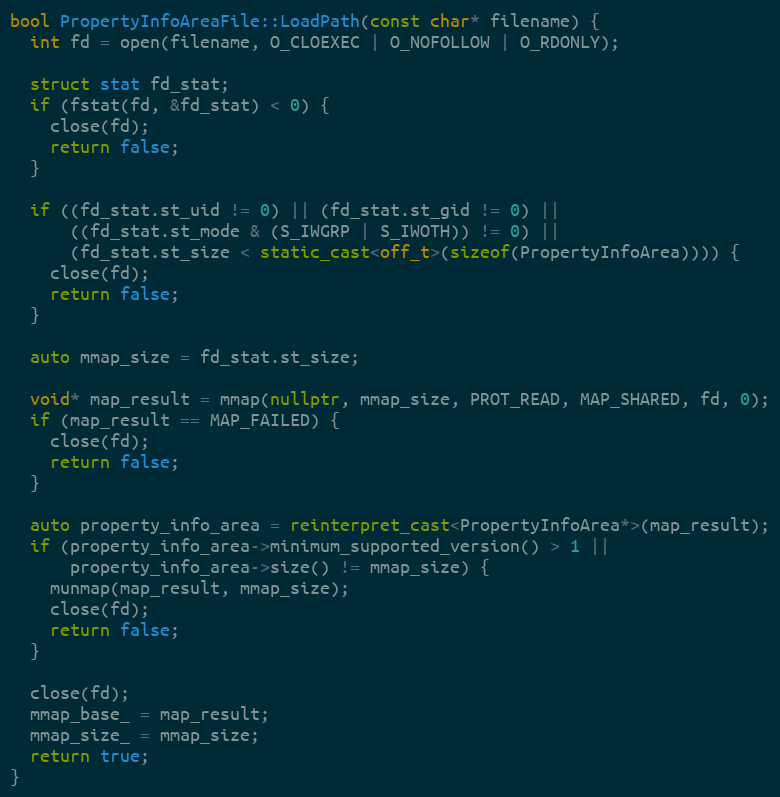
Language: C++
bool PropertyInfoAreaFile::LoadPath(const char* filename) {
  int fd = open(filename, O_CLOEXEC | O_NOFOLLOW | O_RDONLY);

  struct stat fd_stat;
  if (fstat(fd, &fd_stat) < 0) {
    close(fd);
    return false;
  }

  if ((fd_stat.st_uid != 0) || (fd_stat.st_gid != 0) ||
      ((fd_stat.st_mode & (S_IWGRP | S_IWOTH)) != 0) ||
      (fd_stat.st_size < static_cast<off_t>(sizeof(PropertyInfoArea)))) {
    close(fd);
    return false;
  }

  auto mmap_size = fd_stat.st_size;

  void* map_result = mmap(nullptr, mmap_size, PROT_READ, MAP_SHARED, fd, 0);
  if (map_result == MAP_FAILED) {
    close(fd);
    return false;
  }

  auto property_info_area = reinterpret_cast<PropertyInfoArea*>(map_result);
  if (property_info_area->minimum_supported_version() > 1 ||
      property_info_area->size() != mmap_size) {
    munmap(map_result, mmap_size);
    close(fd);
    return false;
  }

  close(fd);
  mmap_base_ = map_result;
  mmap_size_ = mmap_size;
  return true;
}